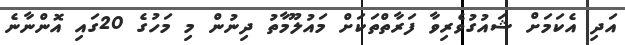
އަދި އެކަމަށް ޝައުގުވެރިވާ ފަރާތްތަކަށް މައުލޫމާތު ދިނުން މި މަހުގެ 20ގައި އޮންނާނެ